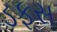
ડફસ